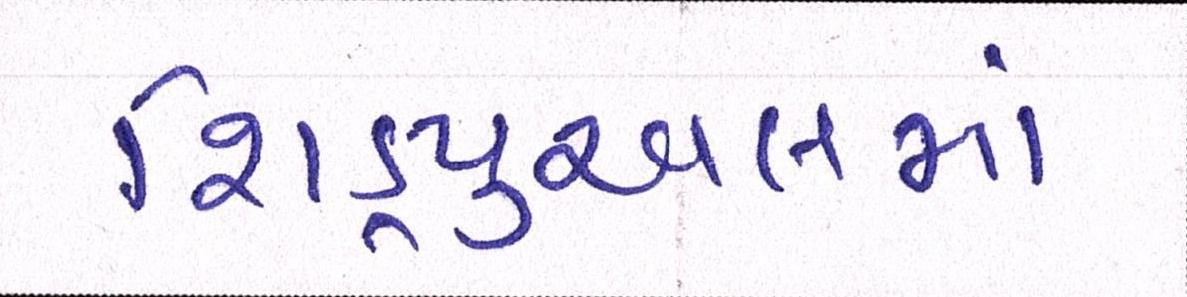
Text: શિડ્યુઅલમાં